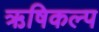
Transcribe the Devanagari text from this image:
ऋषिकल्प